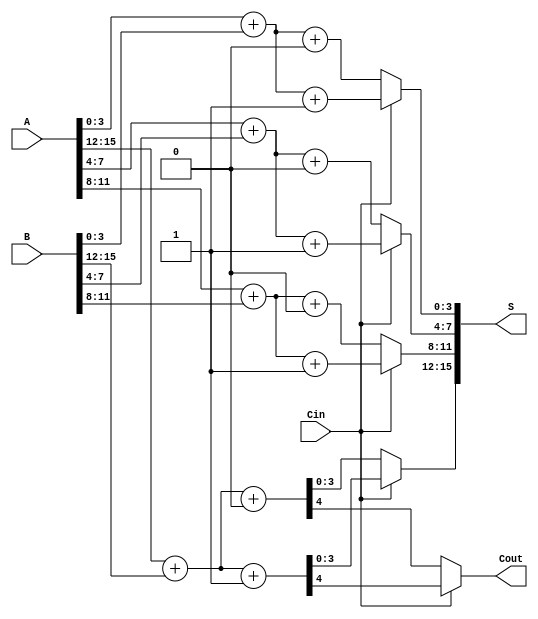
module CarrySelectAdder #(parameter N = 16, M = 4) (
    input [N-1:0] A,
    input [N-1:0] B,
    input Cin,
    output [N-1:0] S,
    output Cout
);

    // Number of segments
    localparam NUM_SEGMENTS = N / M;

    // Internal signals
    wire [M-1:0] S0 [0:NUM_SEGMENTS-1]; // Sum outputs for Cin = 0
    wire [M-1:0] S1 [0:NUM_SEGMENTS-1]; // Sum outputs for Cin = 1
    wire C0 [0:NUM_SEGMENTS-1];          // Carry outputs for Cin = 0
    wire C1 [0:NUM_SEGMENTS-1];          // Carry outputs for Cin = 1
    wire P [0:NUM_SEGMENTS-1];           // Propagate signals
    wire G [0:NUM_SEGMENTS-1];           // Generate signals
    wire C [0:NUM_SEGMENTS];             // Carry signals between segments

    // Generate carry lookahead signals and compute sums for each segment
    genvar i;
    generate
        for (i = 0; i < NUM_SEGMENTS; i = i + 1) begin : segment
            // Segment inputs
            wire [M-1:0] A_seg = A[M*i +: M];
            wire [M-1:0] B_seg = B[M*i +: M];

            // Carry Lookahead Logic
            assign P[i] = A_seg ^ B_seg; // Propagate
            assign G[i] = A_seg & B_seg; // Generate

            // Compute sums for Cin = 0 and Cin = 1
            assign {C0[i], S0[i]} = A_seg + B_seg + 1'b0; // Sum with Cin = 0
            assign {C1[i], S1[i]} = A_seg + B_seg + 1'b1; // Sum with Cin = 1

            // Carry computation
            if (i == 0) begin
                assign C[i] = Cin; // First segment uses Cin directly
            end else begin
                assign C[i] = G[i-1] | (P[i-1] & C[i-1]); // Carry from previous segment
            end
        end
    endgenerate

    // Multiplexer to select the correct sum and carry output
    generate
        for (i = 0; i < NUM_SEGMENTS; i = i + 1) begin : mux
            assign S[M*i +: M] = Cin ? S1[i] : S0[i]; // Select sum based on Cin
            if (i == NUM_SEGMENTS - 1) begin
                assign Cout = Cin ? C1[i] : C0[i]; // Final carry out
            end
        end
    endgenerate

endmodule